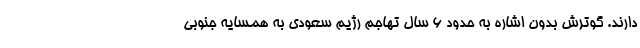
دارند. گوترش بدون اشاره به حدود ۶ سال تهاجم رژیم سعودی به همسایه جنوبی